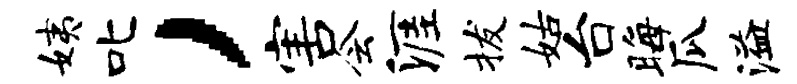
姨叱，害会涯拔姑台晦瓜溢